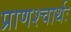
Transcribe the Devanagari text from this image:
प्राणश्चार्थः